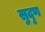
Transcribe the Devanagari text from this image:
सुदृण